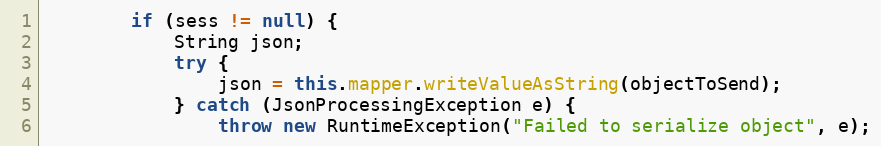
Language: Java
        if (sess != null) {
            String json;
            try {
                json = this.mapper.writeValueAsString(objectToSend);
            } catch (JsonProcessingException e) {
                throw new RuntimeException("Failed to serialize object", e);